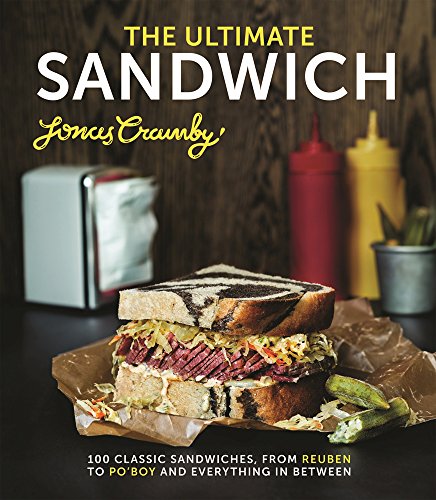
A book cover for The Ultimate Sandwich: 100 Classic Sandwiches, from Reuben to Po'Boy and Everything in Between; Jonas Cramby; Cookbooks, Food & Wine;